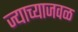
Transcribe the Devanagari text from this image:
ज्याच्याजवळ